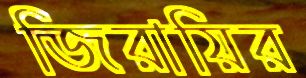
জিরায়ির